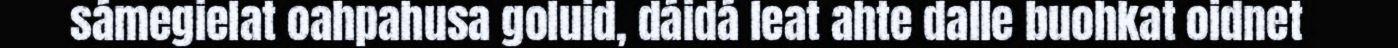
sámegielat oahpahusa goluid, dáidá leat ahte dalle buohkat oidnet